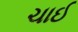
ચાઈ